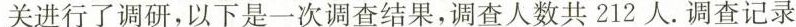
关进行了调研，以下是一次调查结果，调查人数共212人。调查记录